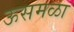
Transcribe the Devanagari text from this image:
ऊसमळा